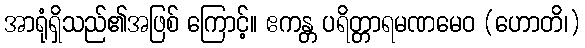
အာရုံရှိသည်၏အဖြစ် ကြောင့်။ ဧကန္တ ပရိတ္တာရမဏမေဝ (ဟောတိ၊)